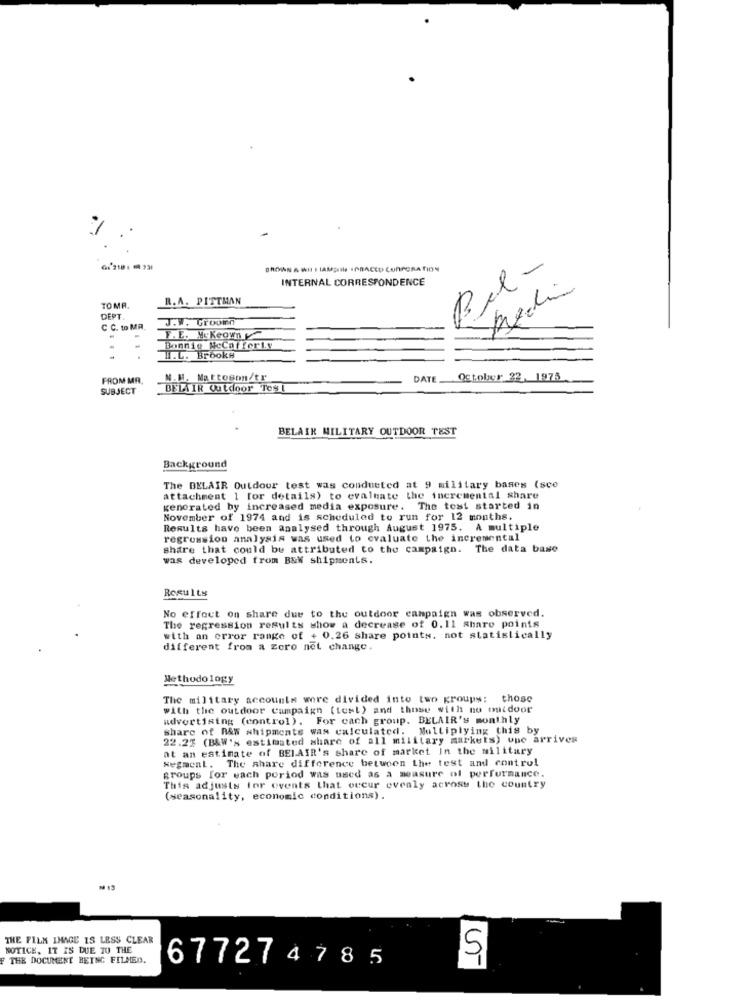
.
Bel-
INTERNAL CORRESPONDENCE
R.A. PITTMAN
TOMA.
DEPT
J.W. Groomn
C C. to MR
F. E. M&Keown
Bonnie HeCafferty
H.L. Brooks
FROM MR.
N.M. Mattoson/tr
DATE.
October 22, 1975
SUBJECT
BELAIR Outdoor Toy !
BELAIR MILITARY OUTDOOR TEST
Background
The BELAIR Outdoor test was conducted at 9 military bases (sco
attachment 1 for details) to evaluate the incremental share
generated by increased media exposure. The test started in
November of 1974 and is scheduled to run for 12 months.
Results have been analysed through August 1975. A multiple
regression analysis was used to evaluate the incremental
share that could be attributed to the campaign. The data base
was developed from B&W shipments.
Results
No effect on share due to the outdoor campaign was observed.
The regression results show a decrease of 0.11 Share points
with an error range of + 0.26 share points. not statistically
different from a zoro not change.
Methodology
The military accounts were divided into two groups: those
with the outdoor campaign (test) and those with no outdoor
advertising (control). For cach group. BELAIR's monthly
share of RAW shipments was calculated. Multiplying this by
22.25 (B&W's estimated share of all military markets) une arrives
at an estimate of BELAIR's share of market In the military
segment. The share difference between the test and control
groups for each period was used as a measure of performance.
This adjusts for events that occur evenly across the country
(seasonality, economic conditions).
THE FILM IMAGE IS LESS CLEAR
NOTICE, IT IS DUE TO THE
THE DOCUMENT BEING FILMED.
677274785
5